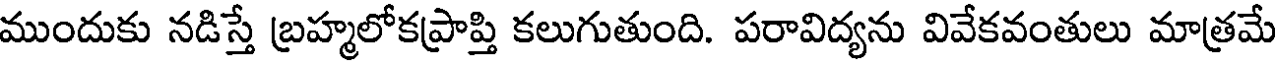
ముందుకు నడిస్తే బ్రహ్మలోకప్రాప్తి కలుగుతుంది. పరావిద్యను వివేకవంతులు మాత్రమే